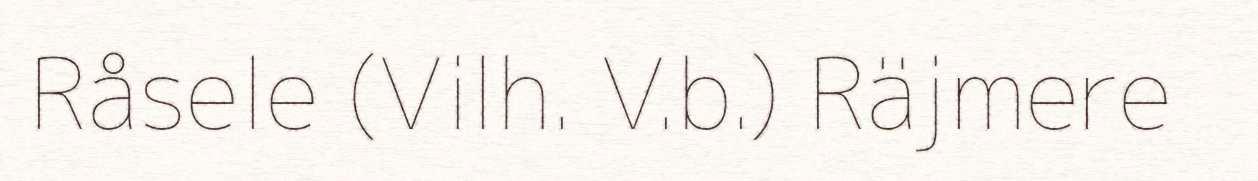
Råsele (Vilh. V.b.) Räjmere